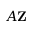
{ \boldsymbol { A } } \mathbf { Z }